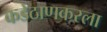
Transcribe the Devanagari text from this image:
कडेठाणकरला